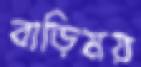
বাড়িময়